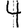
Digit: 4